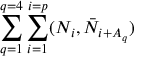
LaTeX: \sum _ { q = 1 } ^ { q = 4 } \sum _ { i = 1 } ^ { i = p } ( N _ { i } , \bar { N } _ { i + A _ { q } } )